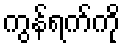
ကွန်ရက်ကို